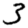
Digit: 3